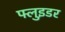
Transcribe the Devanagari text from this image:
फ्लुइडर